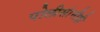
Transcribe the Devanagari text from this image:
पोलीसांनीही